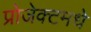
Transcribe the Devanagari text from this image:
प्रोजेक्टमधे